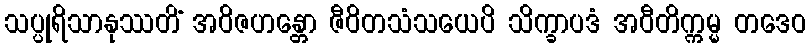
သပ္ပုရိသာနုဿတိံ အဝိဇဟန္တော ဇီဝိတသံသယေပိ သိက္ခာပဒံ အဝီတိက္ကမ္မ တဒေဝ